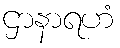
ဌာနာရဟံ